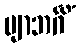
ဗျာဘင်္ဂိံ